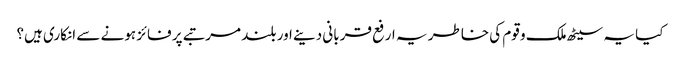
کیا یہ سیٹھ ملک و قوم کی خاطر یہ ارفع قربانی دینے اور بلند مرتبے پر فائز ہونے سے انکاری ہیں؟